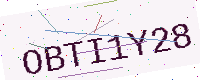
Text: OBTI1Y28